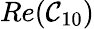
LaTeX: Re(\mathcal{C}_{10})